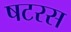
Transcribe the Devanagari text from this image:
षटरस